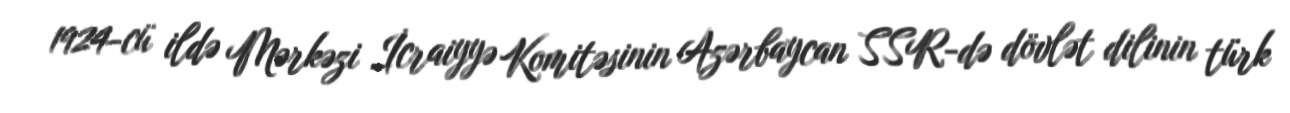
1924-cü ildə Mərkəzi İcraiyyə Komitəsinin Azərbaycan SSR-də dövlət dilinin türk